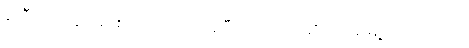
နာရီ ၁၇ မိနစ်မှာ စတင် ပျံတက်ခဲ့ပြီး အင်္ဂလိပ် ဆိပ်ကမ်းမြို့ ဒိုဗာမှာ ရှိတဲ့